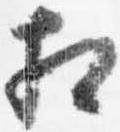
相